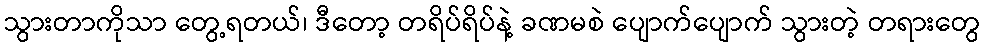
သွားတာကိုသာ တွေ့ရတယ်၊ ဒီတော့ တရိပ်ရိပ်နဲ့ ခဏမစဲ ပျောက်ပျောက် သွားတဲ့ တရားတွေ